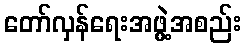
တော်လှန်ရေးအဖွဲ့အစည်း